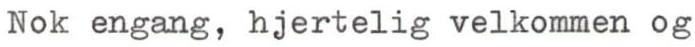
Nok engang, hjertelig velkommen og